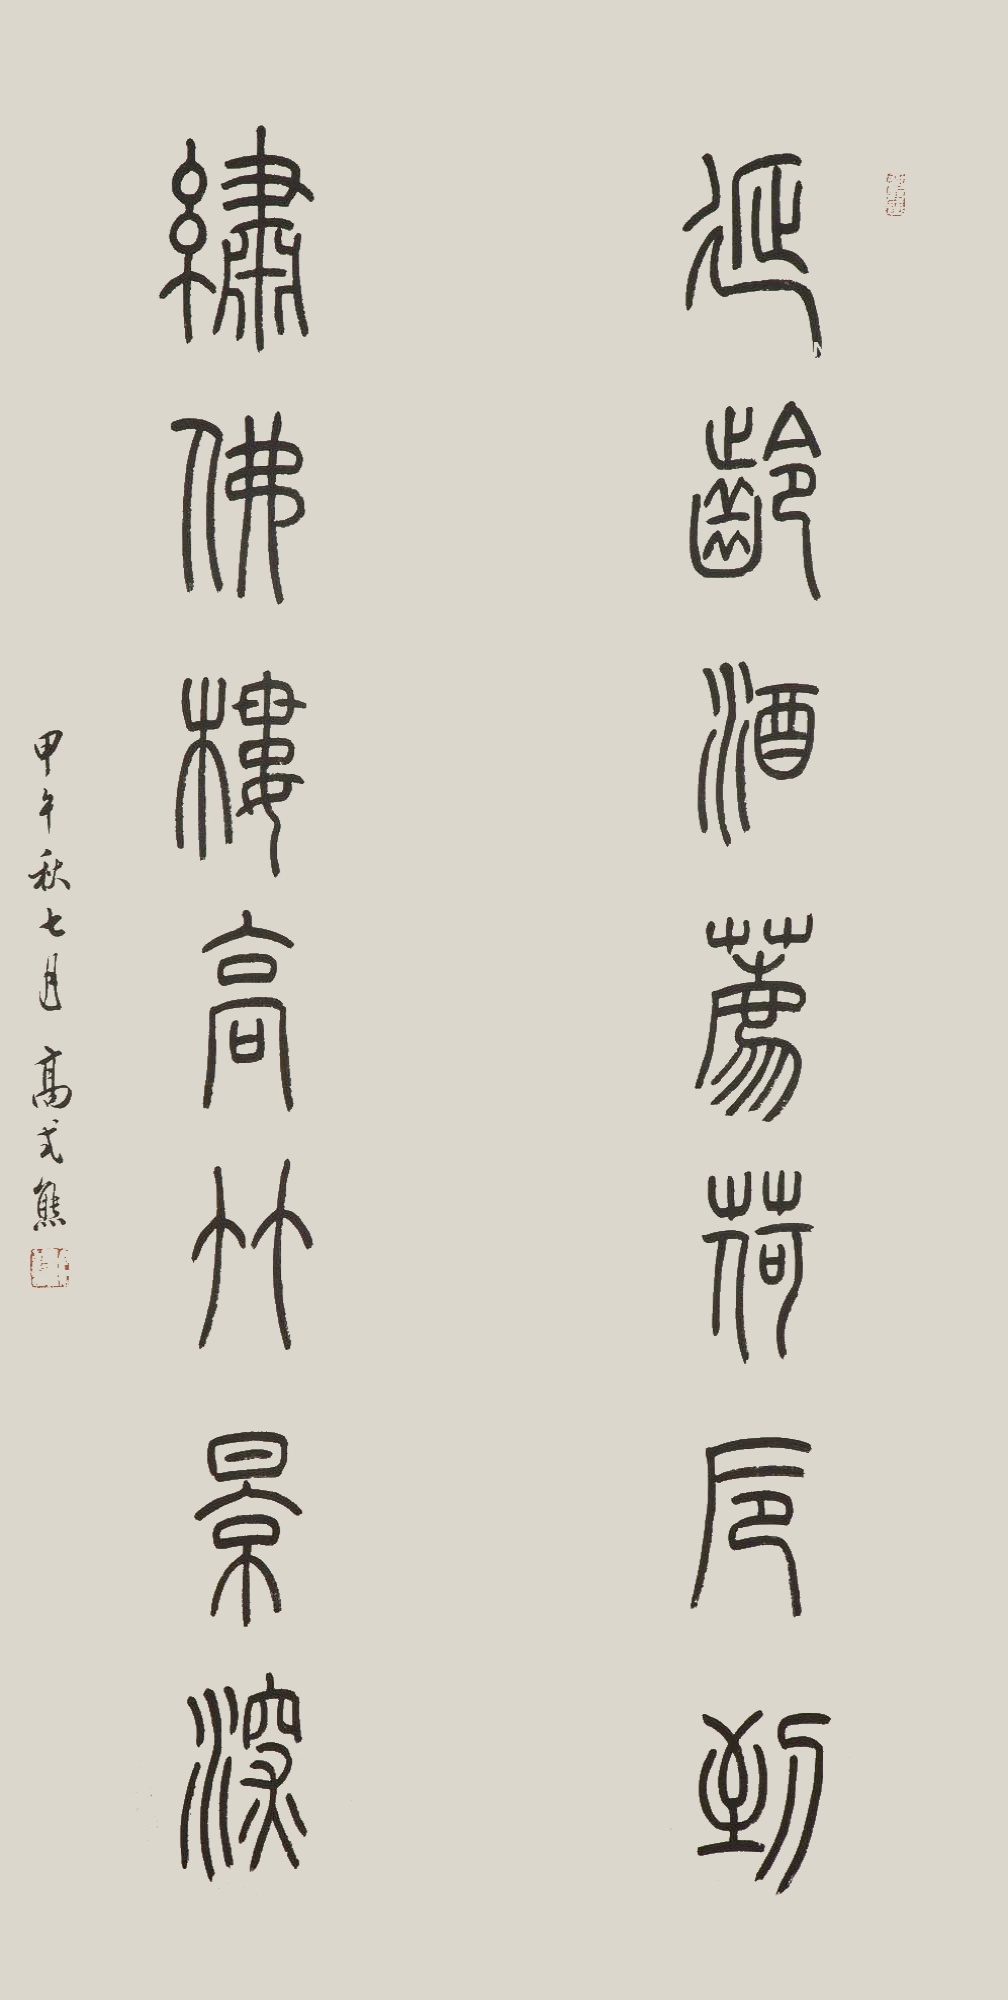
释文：延龄酒荐荷卮到，绣佛楼高竹景深。甲午秋七月，高式熊。